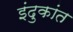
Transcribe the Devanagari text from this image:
इंदुकांत